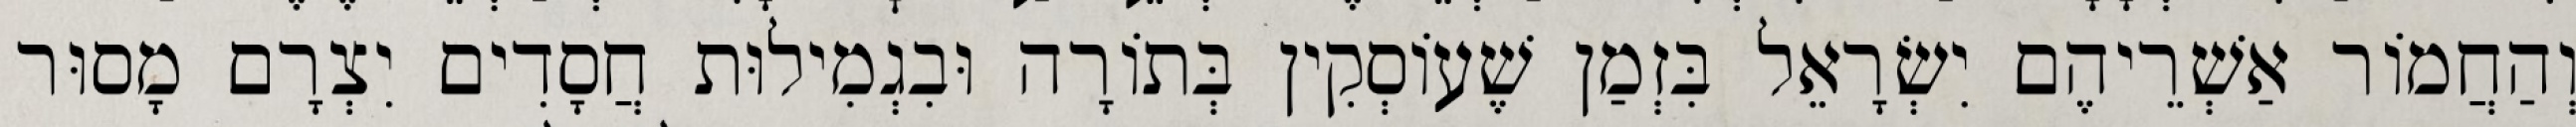
וְהַחֲמוֹר אַשְׁרֵיהֶם יִשְׂרָאֵל בִּזְמַן שֶׁעוֹסְקִין בְּתוֹרָה וּבִגְמִילוּת חֲסָדִים יִצְרָם מָסוּר